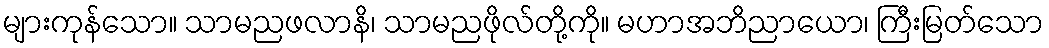
များကုန်သော။ သာမညဖလာနိ၊ သာမညဖိုလ်တို့ကို။ မဟာအဘိညာယော၊ ကြီးမြတ်သော